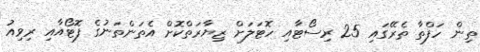
ތިން ހަފްތާ ތެރޭގައި 25 ރިސޯޓާއި ހޮޓަލަށް ޒިޔާރަތްކޮށް އެތަންތަނުގެ ފޮޓޯއާއި ރިވިއު